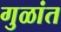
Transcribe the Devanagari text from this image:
गुळांत